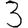
Digit: 3